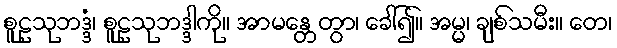
စူဠသုဘဒ္ဒံ၊ စူဠသုဘဒ္ဒါကို။ အာမန္တေတွာ၊ ခေါ်၍။ အမ္မ၊ ချစ်သမီး။ တေ၊